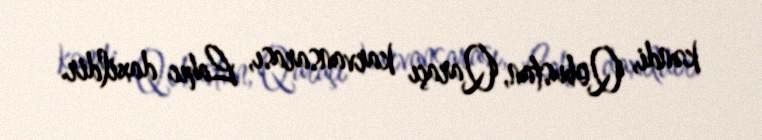
kəndi, Qobustan, Qaraçı karvansarası, Lahıc daxildir.